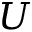
U